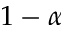
1 - \alpha